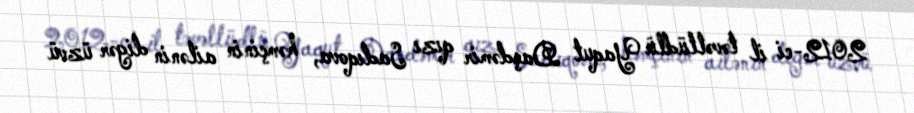
2012-ci il təvəllüdlü Yaqut Daşdəmir qızı Sadıqova, həmçinin ailənin digər üzvü